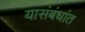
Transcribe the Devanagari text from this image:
यासंबंधांत